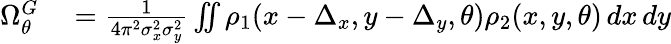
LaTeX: \begin{array}{rl}{\Omega_{\theta}^{G}}&{{}=\frac{1}{4\pi^{2}\sigma_{x}^{2}\sigma_{y}^{2}}\iint\rho_{1}(x-\Delta_{x},y-\Delta_{y},\theta)\rho_{2}(x,y,\theta)\, dx\, dy}\end{array}